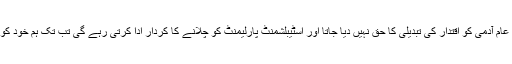
جمعیت علمائے اسلام کے سربرا ہ مولانا فضل الرحمن نے کہا ہے کہ جب تک عام آدمی کو اقتدار کی تبدیلی کا حق نہیں دیا جاتا اور اسٹیبلشمنٹ پارلیمنٹ کو چلانے کا کردار ادا کرتی رہے گی تب تک ہم خود کو آزاد نہیں سمجھ سکتے، اہلوں سے نااہلوں کو اقتدار کی منتقلی کیا یہ تبدیلی ہے؟